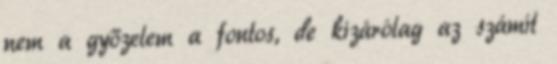
nem a győzelem a fontos, de kizárólag az számít